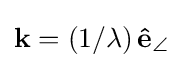
\mathbf {k} =\left(1/\lambda \right)\mathbf {\hat {e}} _{\angle }\,\!